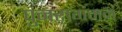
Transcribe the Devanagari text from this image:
पुनरागमनं